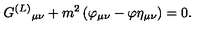
G ^ { ( L ) } { } _ { \mu \nu } + m ^ { 2 } \left( \varphi _ { \mu \nu } - \varphi \eta _ { \mu \nu } \right) = 0 .